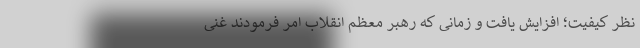
نظر کیفیت؛ افزایش یافت و زمانی که رهبر معظم انقلاب امر فرمودند غنی